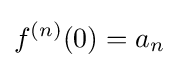
f^{(n)}(0)=a_{n}